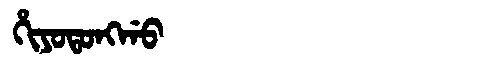
Manchu: ᡥᡳᠶᠣᡨᠣᠩᡤᠣ
Romanization: HIYOTONGGO